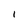
Character: I